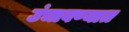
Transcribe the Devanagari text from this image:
उंचावण्यात